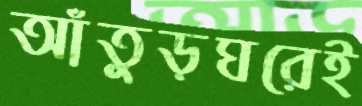
আঁতুড়ঘরেই